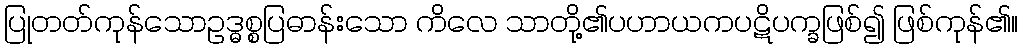
ပြုတတ်ကုန်သောဥဒ္ဓစ္စပြဓာန်းသော ကိလေ သာတို့၏ပဟာယကပဋိပက္ခဖြစ်၍ ဖြစ်ကုန်၏။